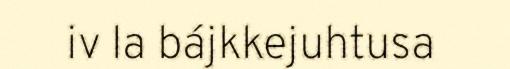
iv la bájkkejuhtusa